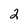
Character: 2